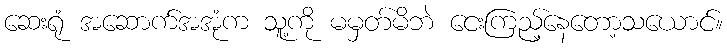
ဆေးရုံ အဆောက်အအုံက သူ့ကို မမှတ်မိဘဲ ငေးကြည့်နေတော့သယောင်။